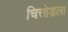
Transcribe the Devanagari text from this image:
चित्तोडला